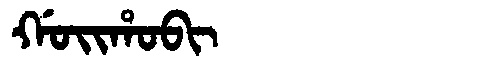
Manchu: ᡤᠣᡳᡥᠣᠪᡳ
Romanization: GOIHOBI